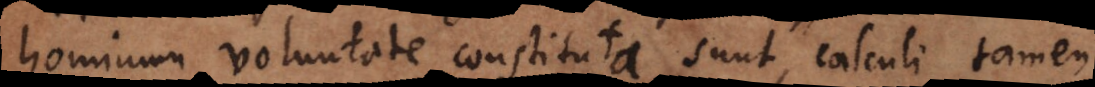
hominum voluntate constituta sunt, calculi tamen